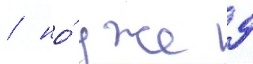
/ но́ уже 9